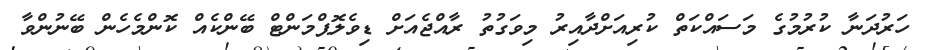
ހަރުދަނާ ކުރުމުގެ މަސައްކަތް ކުރިއަށްދާއިރު މިވަގުތު ރާއްޖެއަށް ޑިވެލޮޕްމަންޓް ބޭންކެއް ކޮންމެހެން ބޭނުންވާ